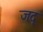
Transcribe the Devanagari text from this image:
जदृ